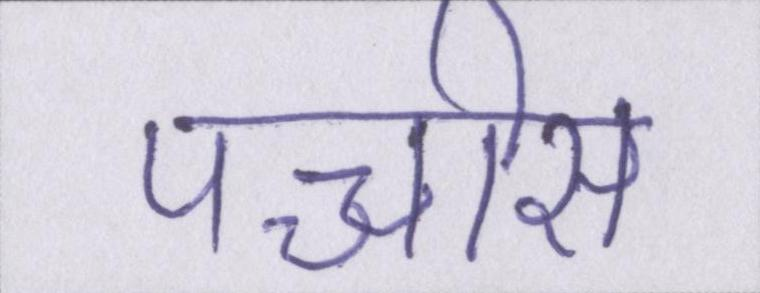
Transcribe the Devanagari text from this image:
पच्चीस